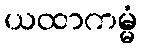
ယထာကမ္မံ